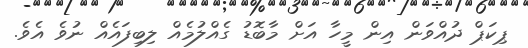
ޕިކަޕް ދުއްވަން އިން މީހާ އަށް މާބޮޑު ގެއްލުމެއް ލިބިފައެއް ނުވެ އެވެ.